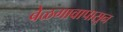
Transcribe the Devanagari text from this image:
बेळगावापासून